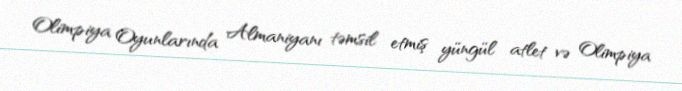
Olimpiya Oyunlarında Almaniyanı təmsil etmiş yüngül atlet və Olimpiya